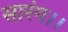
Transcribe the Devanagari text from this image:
सारंग।।